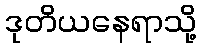
ဒုတိယနေရာသို့